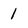
Character: 1